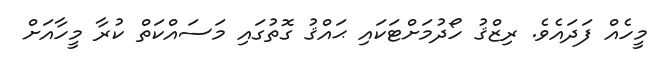
މީހެއް ފަދައެވެ. ރިޒްޤު ހޯދުމަށްޓަކައި ޙައްޤު ގޮތުގައި މަސައްކަތް ކުރާ މީހާއަށް